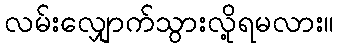
လမ်းလျှောက်သွားလို့ရမလား။